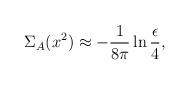
LaTeX: \begin{align*}\Sigma_A(x^2) \approx -\frac{1}{8\pi} \ln\frac{\epsilon}{4},\end{align*}